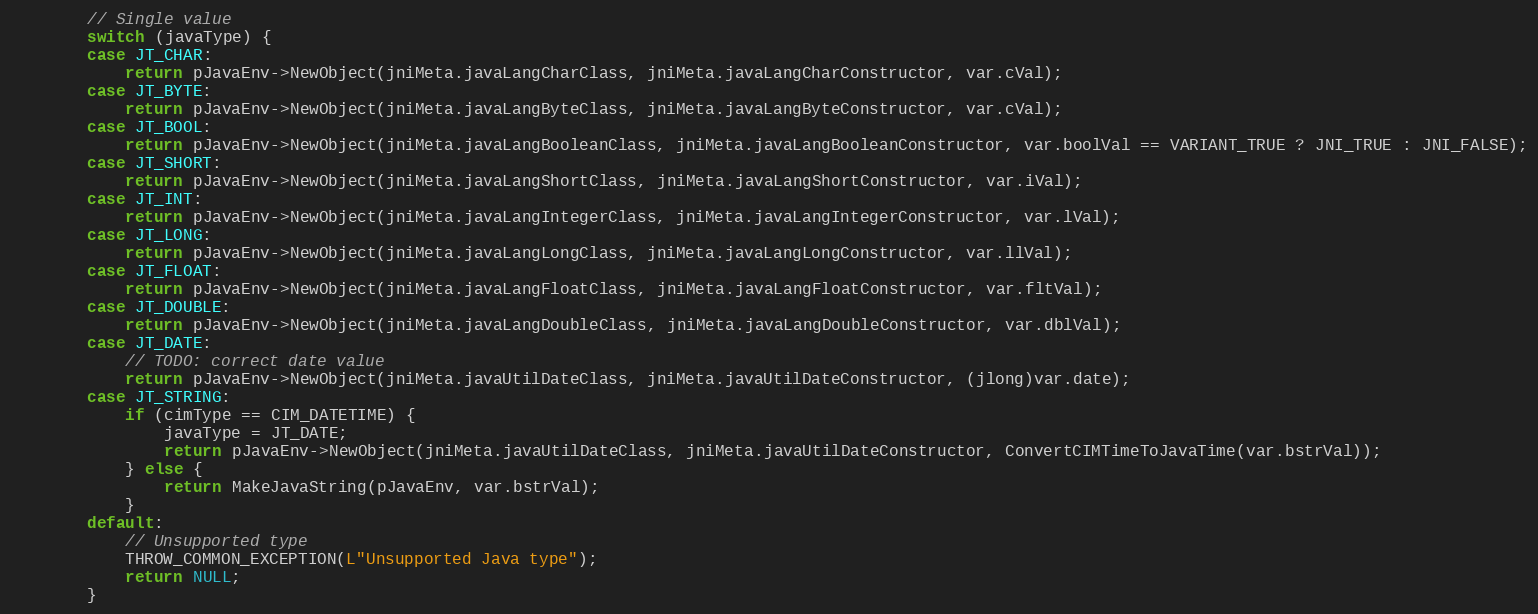
Language: C++
		// Single value
		switch (javaType) {
		case JT_CHAR:
			return pJavaEnv->NewObject(jniMeta.javaLangCharClass, jniMeta.javaLangCharConstructor, var.cVal);
		case JT_BYTE:
			return pJavaEnv->NewObject(jniMeta.javaLangByteClass, jniMeta.javaLangByteConstructor, var.cVal);
		case JT_BOOL:
			return pJavaEnv->NewObject(jniMeta.javaLangBooleanClass, jniMeta.javaLangBooleanConstructor, var.boolVal == VARIANT_TRUE ? JNI_TRUE : JNI_FALSE);
		case JT_SHORT:
			return pJavaEnv->NewObject(jniMeta.javaLangShortClass, jniMeta.javaLangShortConstructor, var.iVal);
		case JT_INT:
			return pJavaEnv->NewObject(jniMeta.javaLangIntegerClass, jniMeta.javaLangIntegerConstructor, var.lVal);
		case JT_LONG:
			return pJavaEnv->NewObject(jniMeta.javaLangLongClass, jniMeta.javaLangLongConstructor, var.llVal);
		case JT_FLOAT:
			return pJavaEnv->NewObject(jniMeta.javaLangFloatClass, jniMeta.javaLangFloatConstructor, var.fltVal);
		case JT_DOUBLE:
			return pJavaEnv->NewObject(jniMeta.javaLangDoubleClass, jniMeta.javaLangDoubleConstructor, var.dblVal);
		case JT_DATE:
			// TODO: correct date value
			return pJavaEnv->NewObject(jniMeta.javaUtilDateClass, jniMeta.javaUtilDateConstructor, (jlong)var.date);
		case JT_STRING:
			if (cimType == CIM_DATETIME) {
				javaType = JT_DATE;
				return pJavaEnv->NewObject(jniMeta.javaUtilDateClass, jniMeta.javaUtilDateConstructor, ConvertCIMTimeToJavaTime(var.bstrVal));
			} else {
				return MakeJavaString(pJavaEnv, var.bstrVal);
			}
		default:
			// Unsupported type
			THROW_COMMON_EXCEPTION(L"Unsupported Java type");
			return NULL;
		}